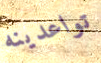
تواعدينه